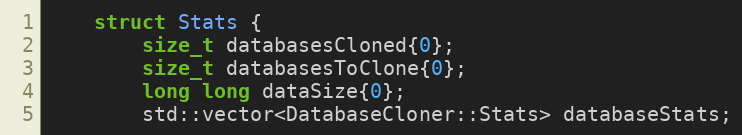
Language: C
    struct Stats {
        size_t databasesCloned{0};
        size_t databasesToClone{0};
        long long dataSize{0};
        std::vector<DatabaseCloner::Stats> databaseStats;